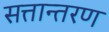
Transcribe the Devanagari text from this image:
सत्तान्तरण